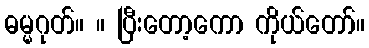
ဓမ္မဂုတ်။ ။ ပြီးတော့ကော ကိုယ်တော်။